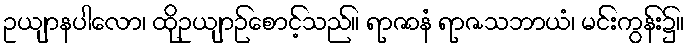
ဥယျာနပါလော၊ ထိုဥယျာဉ်စောင့်သည်။ ရာဇာနံ ရာဇသဘာယံ၊ မင်းကွန်း၌။